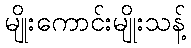
မျိုးကောင်းမျိုးသန့်